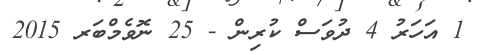
1 އަހަރު 4 ދުވަސް ކުރިން - 25 ނޮވެމްބަރ 2015